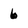
Character: 6